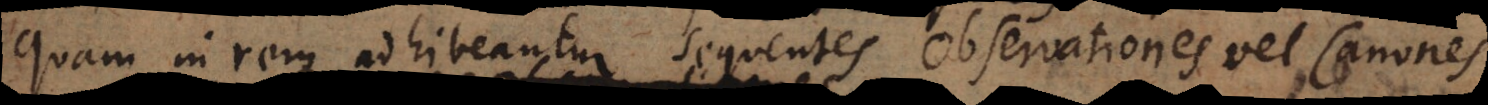
Quam in rem adhibeantur sequentes Observationes vel Canones